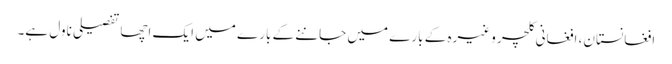
افغانستان، افغانی کلچر وغیرہ کے بارے میں جاننے کے بارے میں ایک اچھا تفصیلی ناول ہے۔